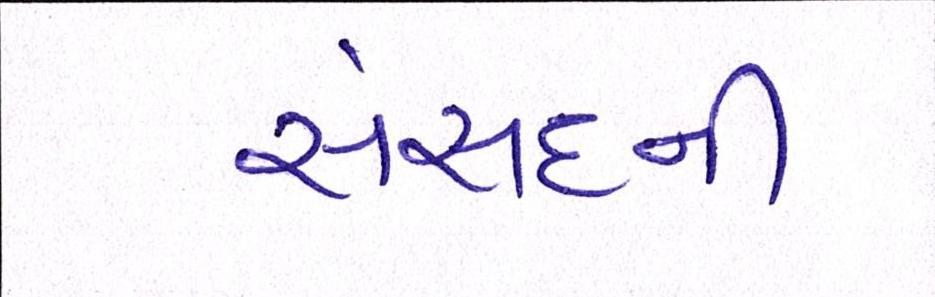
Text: સંસદની